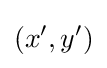
\left(x',y'\right)